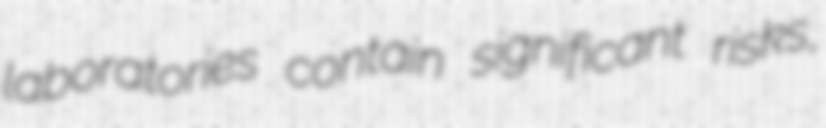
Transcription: laboratories contain significant risks,